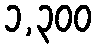
၁,၃၀၀